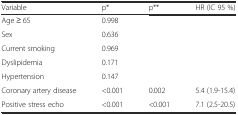
<table><thead><tr><td><b>Variable</b></td><td><b>p*</b></td><td><b>p**</b></td><td><b>HR (IC 95 %)</b></td></tr></thead><tbody><tr><td>Age ≥ 65</td><td>0.998</td><td></td><td></td></tr><tr><td>Sex</td><td>0.636</td><td></td><td></td></tr><tr><td>Current smoking</td><td>0.969</td><td></td><td></td></tr><tr><td>Dyslipidemia</td><td>0.171</td><td></td><td></td></tr><tr><td>Hypertension</td><td>0.147</td><td></td><td></td></tr><tr><td>Coronary artery disease</td><td>&lt;0.001</td><td>0.002</td><td>5.4 (1.9-15.4)</td></tr><tr><td>Positive stress echo</td><td>&lt;0.001</td><td>&lt;0.001</td><td>7.1 (2.5-20.5)</td></tr></tbody></table>